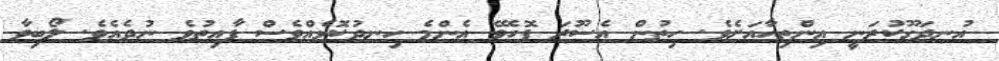
އުނދަގޫކުރަނީ އިންތިހާއަށެވެ. ހިތުން އެސޫރަ ފޮހެވޭ އެންމެ ހިނދުކޮޅެއްވެސް ފާއިތުވެ ނުދެއެވެ. ލޯބިވާ